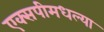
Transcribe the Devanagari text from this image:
एक्सपीमधल्या